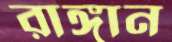
রাঙ্গান